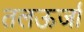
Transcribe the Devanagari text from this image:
तलऊर्जा